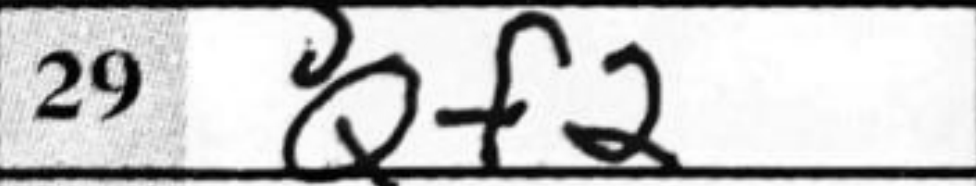
Transcription: Qf2